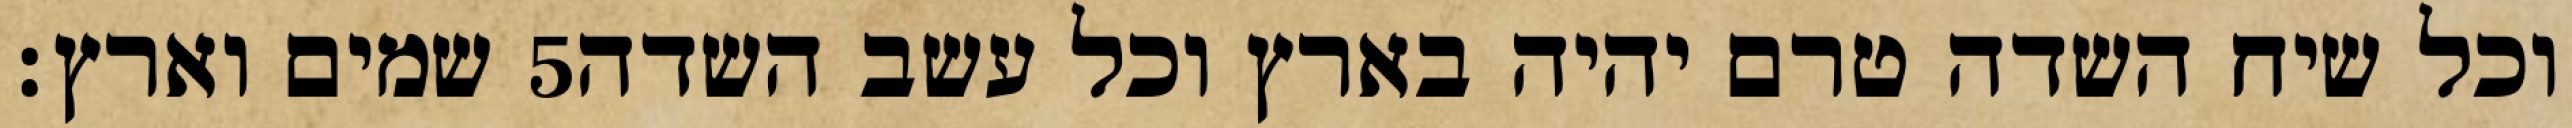
שמים וארץ׃ ‎5‏ וכל שיח השדה טרם יהיה בארץ וכל עשב השדה